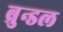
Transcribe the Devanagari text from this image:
ब्रुन्डल